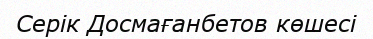
Серік Досмағанбетов көшесі